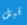
قبل